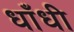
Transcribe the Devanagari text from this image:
धाँधी